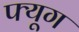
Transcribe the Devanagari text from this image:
फ्यूग